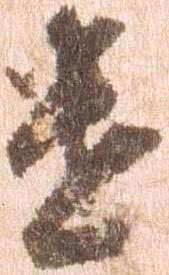
遣